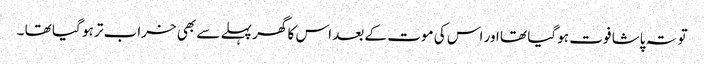
تو تہ پاشا فوت ہو گیا تھا اور اس کی موت کے بعد اس کا گھر پہلے سے بھی خراب تر ہو گیا تھا ۔